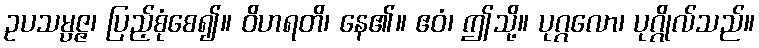
ဥပသမ္ပဇ္ဇ၊ ပြည့်စုံစေ၍။ ဝိဟရတိ၊ နေ၏။ ဧဝံ၊ ဤသို့။ ပုဂ္ဂလော၊ ပုဂ္ဂိုလ်သည်။